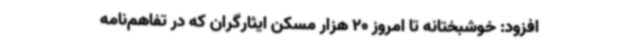
افزود: خوشبختانه تا امروز 20 هزار مسکن ایثارگران که در تفاهم‌نامه